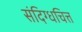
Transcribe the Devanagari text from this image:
संदिग्धचित्त